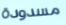
مسدودة